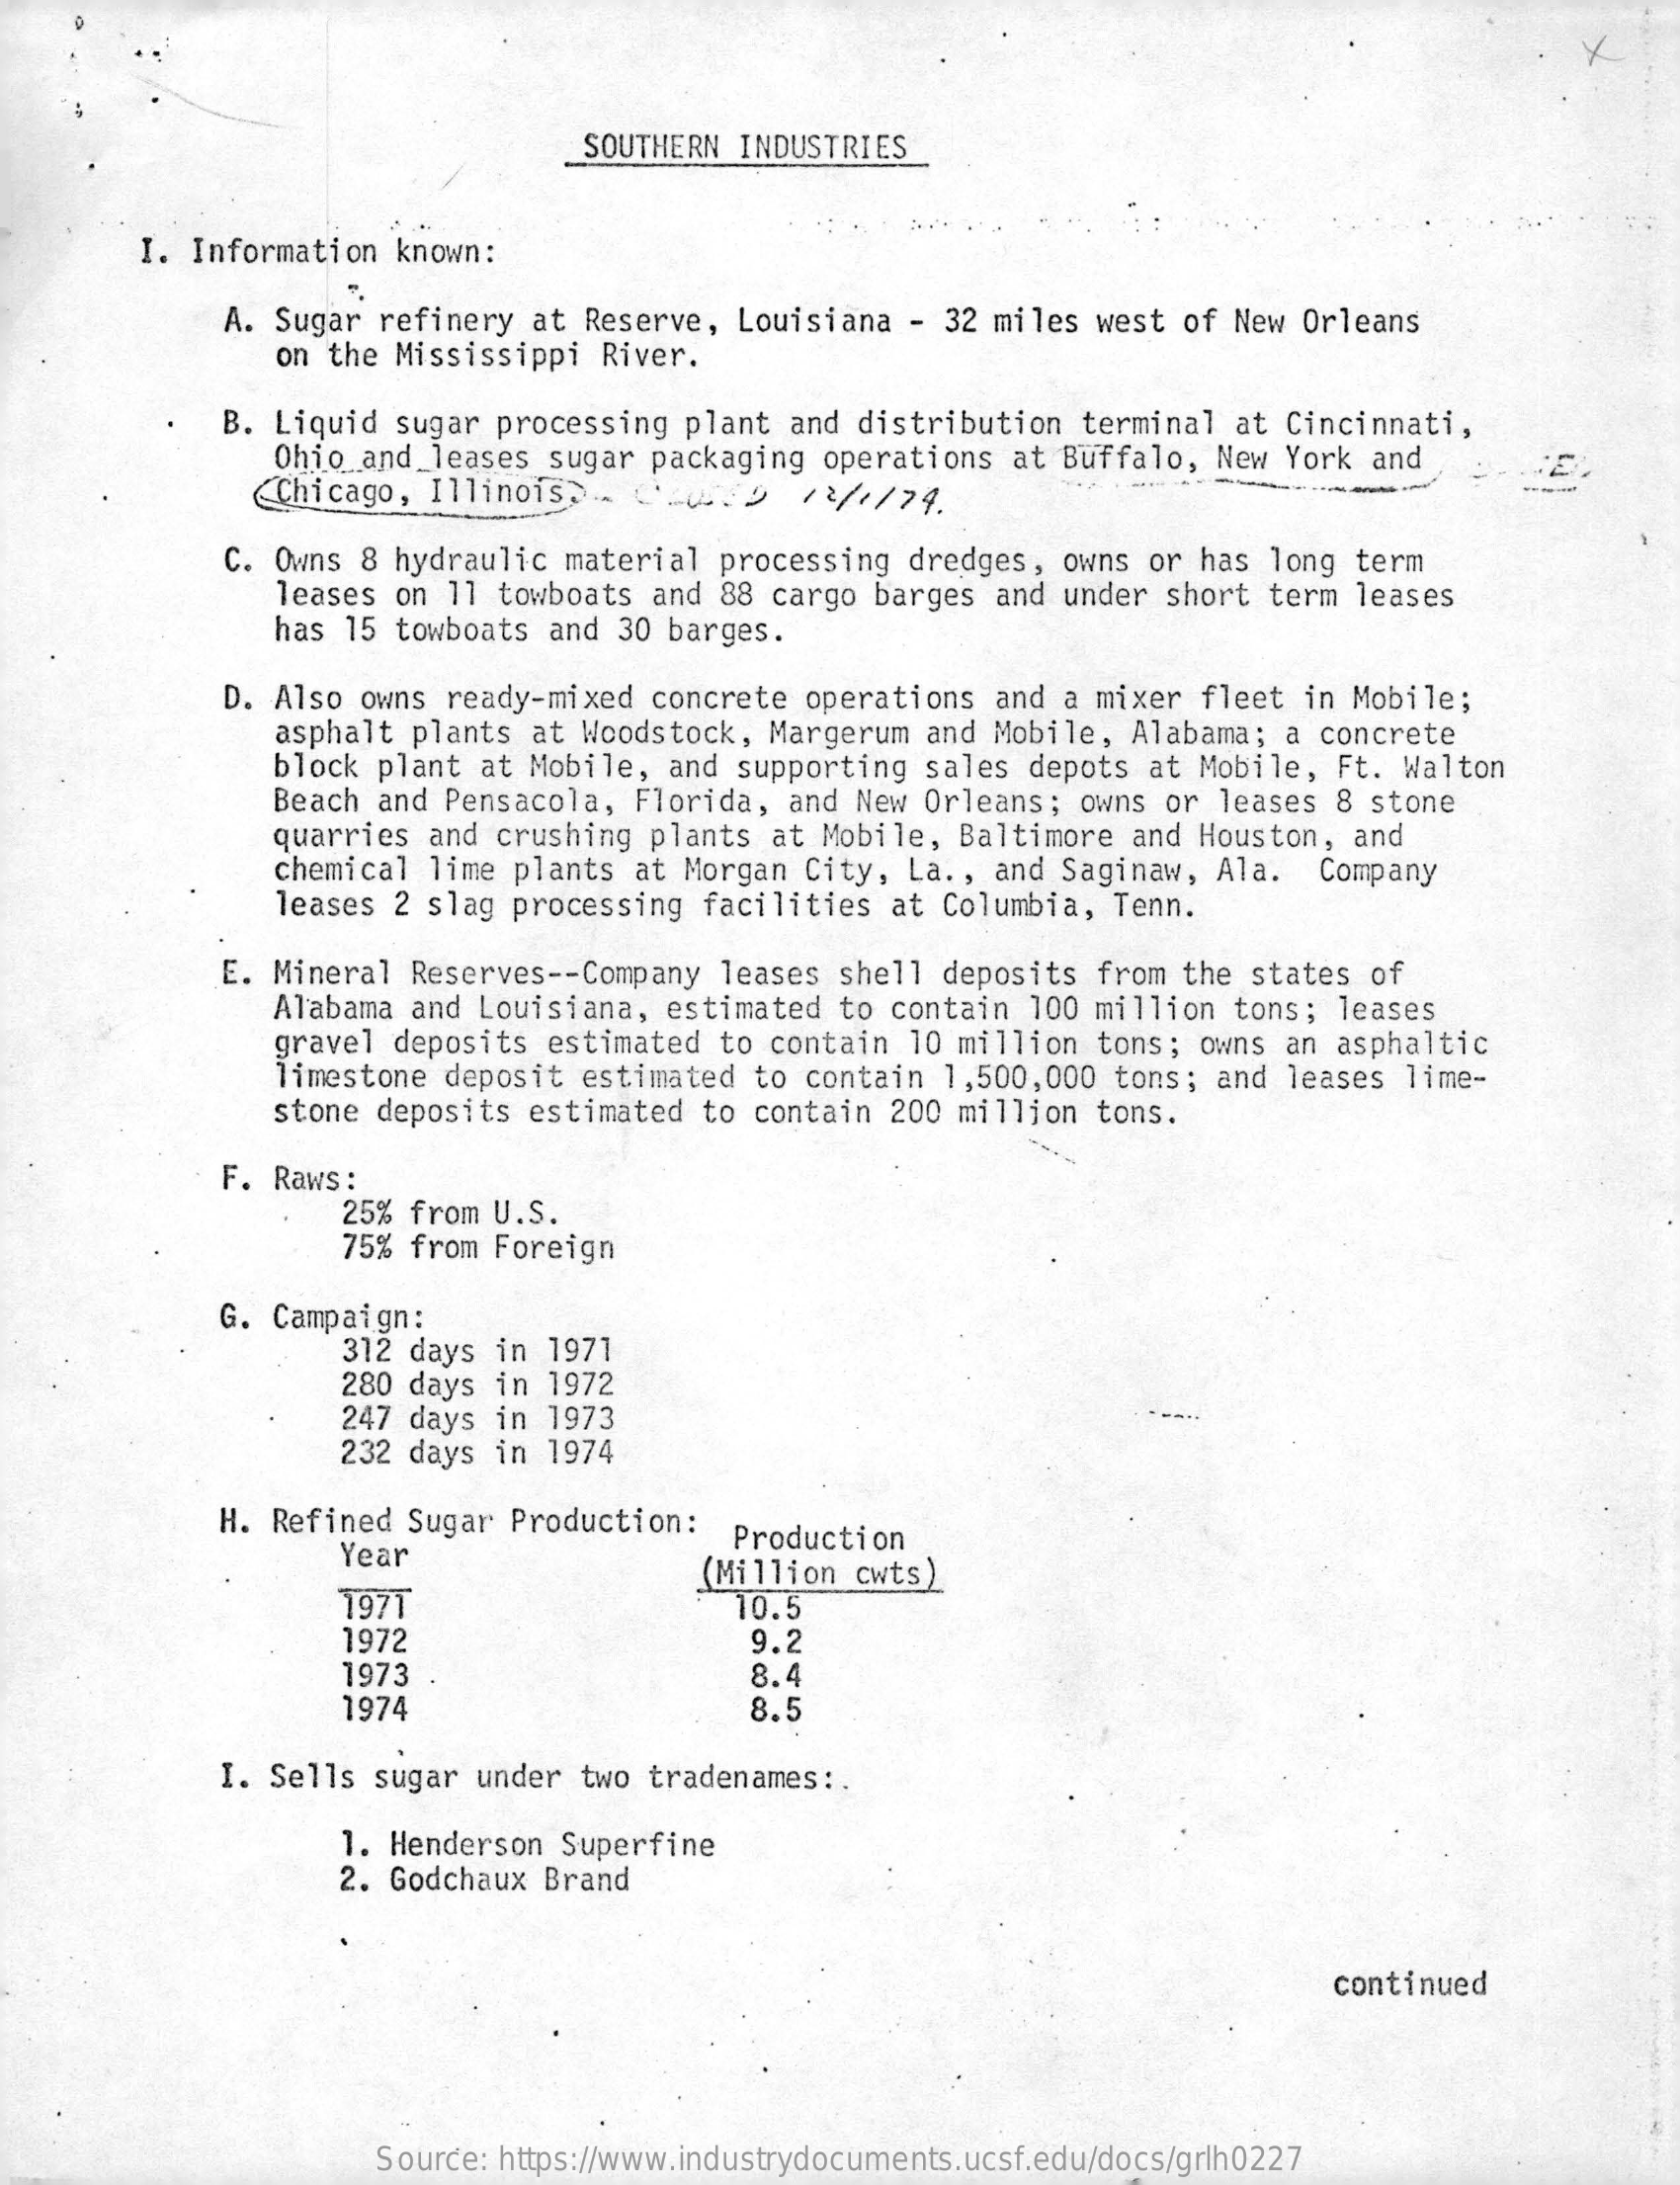
x
     SOUTHERN INDUSTRIES
     I. Information known:
     A. Sugar refinery at Reserve, Louisiana - 32 miles west of New Orleans
     on the Mississippi River.
     B. Liquid sugar processing plant and distribution terminal at Cincinnati,
     Ohio _and_leases sugar packaging operations at Buffalo, New York and
     <Chicago, Illinois>  HD    /2/4/79.
     C. Owns 8 hydraulic material processing dredges, owns or has long term
     leases on 11 towboats and 88 cargo barges and under short term leases
     has 15 towboats and 30 barges.
     D. Also owns ready-mixed concrete operations and a mixer fleet in Mobile;
     asphalt plants at Woodstock, Margerum and Mobile, Alabama; a concrete
     block plant at Mobile, and supporting sales depots at Mobile, Ft. Walton
     Beach and Pensacola, Florida, and New Orleans; owns or leases 8 stone
     quarries and crushing plants at Mobile, Baltimore and Houston, and
     chemical lime plants at Morgan City, La ., and Saginaw, Ala. Company
     leases 2 slag processing facilities at Columbia, Tenn.
     E. Mineral Reserves -- Company leases shell deposits from the states of
     Alabama and Louisiana, estimated to contain 100 million tons; leases
     gravel deposits estimated to contain 10 million tons; owns an asphaltic
     limestone deposit estimated to contain 1,500,000 tons; and leases lime-
     stone deposits estimated to contain 200 million tons.
     F. Raws:
     25% from U.S.
     75% from Foreign
     G. Campaign:
     312 days in 1971
     280 days in 1972
     247 days in 1973
     232 days in 1974
     H. Refined Sugar Production:
     Year
     Production
     1971
     (Million cwts)
     1972
     10.5
     9.2
     1973    8.4
     1974    8.5
     I. Sells sugar under two tradenames :.
     1. Henderson Superfine
     2. Godchaux Brand
     continued
     Source: https://www.industrydocuments.ucsf.edu/docs/grlh0227